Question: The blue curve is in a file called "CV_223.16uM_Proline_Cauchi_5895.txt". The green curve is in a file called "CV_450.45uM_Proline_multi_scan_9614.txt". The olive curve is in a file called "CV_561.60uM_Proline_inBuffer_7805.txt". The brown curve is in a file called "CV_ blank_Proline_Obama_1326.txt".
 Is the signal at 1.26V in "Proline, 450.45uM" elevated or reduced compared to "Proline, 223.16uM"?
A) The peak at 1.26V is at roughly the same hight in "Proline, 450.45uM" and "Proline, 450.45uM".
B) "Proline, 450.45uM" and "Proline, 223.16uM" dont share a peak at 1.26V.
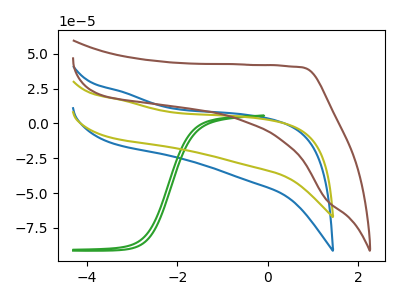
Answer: <think>The blue curve "Proline, 223.16uM" has no peaks. The green curve "Proline, 450.45uM" has no peaks. The olive curve "Proline, 561.60uM" has no peaks. The brown curve "Proline,  blank" has no peaks.</think>
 <answer>B) "Proline, 450.45uM" and "Proline, 223.16uM" dont share a peak at 1.26V.</answer>
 <eval>B</eval>